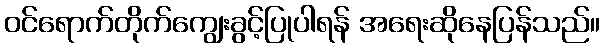
ဝင်ရောက်တိုက်ကျွေးခွင့်ပြုပါရန် အရေးဆိုနေပြန်သည်။